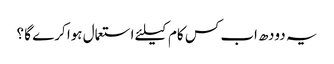
یہ دودھ اب کس کام کیلئے استعمال ہوا کرے گا ؟